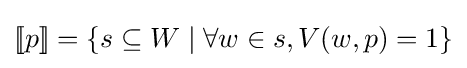
[\![p]\!]=\{s\subseteq W\mid \forall w\in s,V(w,p)=1\}